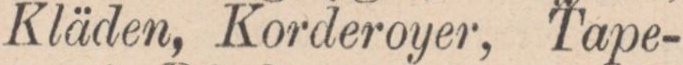
Kläden, Korderoyer, Tape-